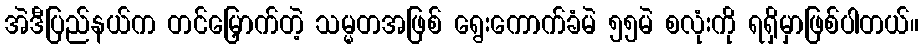
အဲဒီပြည်နယ်က တင်မြှောက်တဲ့ သမ္မတအဖြစ် ရွေးကောက်ခံမဲ ၅၅မဲ စလုံးကို ရရှိမှာဖြစ်ပါတယ်။